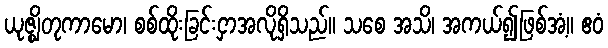
ယုဇ္ဈိတုကာမော၊ စစ်ထိုးခြင်းငှာအလိုရှိသည်။ သစေ အသိ၊ အကယ်၍ဖြစ်အံ့။ ဧဝံ